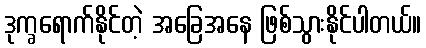
ဒုက္ခရောက်နိုင်တဲ့ အခြေအနေ ဖြစ်သွားနိုင်ပါတယ်။